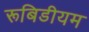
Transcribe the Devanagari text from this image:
रूबिडीयम